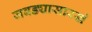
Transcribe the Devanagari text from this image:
जबड्यासारखे